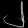
Digit: ၂